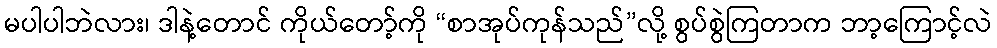
မပါပါဘဲလား၊ ဒါနဲ့တောင် ကိုယ်တော့်ကို “စာအုပ်ကုန်သည်”လို့ စွပ်စွဲကြတာက ဘာ့ကြောင့်လဲ